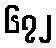
၆၇၂